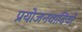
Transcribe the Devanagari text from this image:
प्रयोजनवादियों